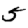
Digit: 5